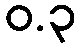
ဝ.၃